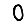
Digit: 0